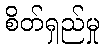
စိတ်ရှည်မှု